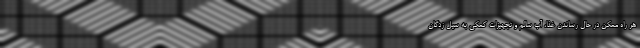
هر راه ممکن در حال رساندن غذا، آب سالم و تجهیزات کمکی به سیل زدگان